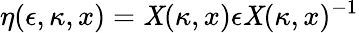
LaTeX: \eta(\epsilon,\kappa,x)=\mathit{X}(\kappa,x)\epsilon\mathit{X}(\kappa,x)^{-1}